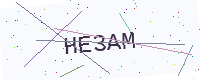
Text: HE3AM